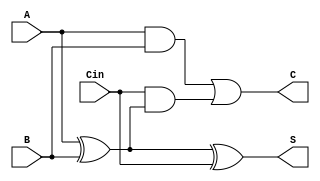
module BasicCSA (
    input [3:0] A,      // 4-bit input A
    input [3:0] B,      // 4-bit input B
    input [3:0] Cin,    // 4-bit carry-in
    output [3:0] S,     // 4-bit sum output
    output [3:0] C      // 4-bit carry output
);
    assign S = A ^ B ^ Cin; // Sum: A XOR B XOR Cin
    assign C = (A & B) | (Cin & (A ^ B)); // Carry: (A AND B) OR (Cin AND (A XOR B))
endmodule